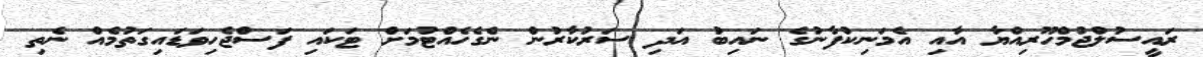
ރައީސުލްޖުމްހޫރިއްޔާ އާއި އެމަނިކުފާނުގެ ނައިބު އަދި ސަރުކާރުން ނެގެހެއްޓުމަށް ޓަކައި ފަސްޖެހިވަޑައިގަތުމެއް ނެތި